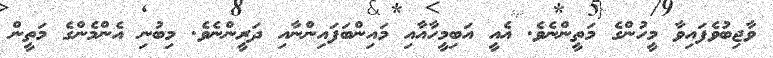
ވާޖިބުވެފައިވާ މީހުންގެ މަތީންނެވެ. އެއީ އަބިމީހާއާއި މައިންބަފައިންނާއި ދަރީންނެވެ. މިބުނި އެންމެންގެ މަތީން